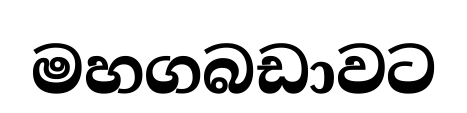
මහගබඩාවට